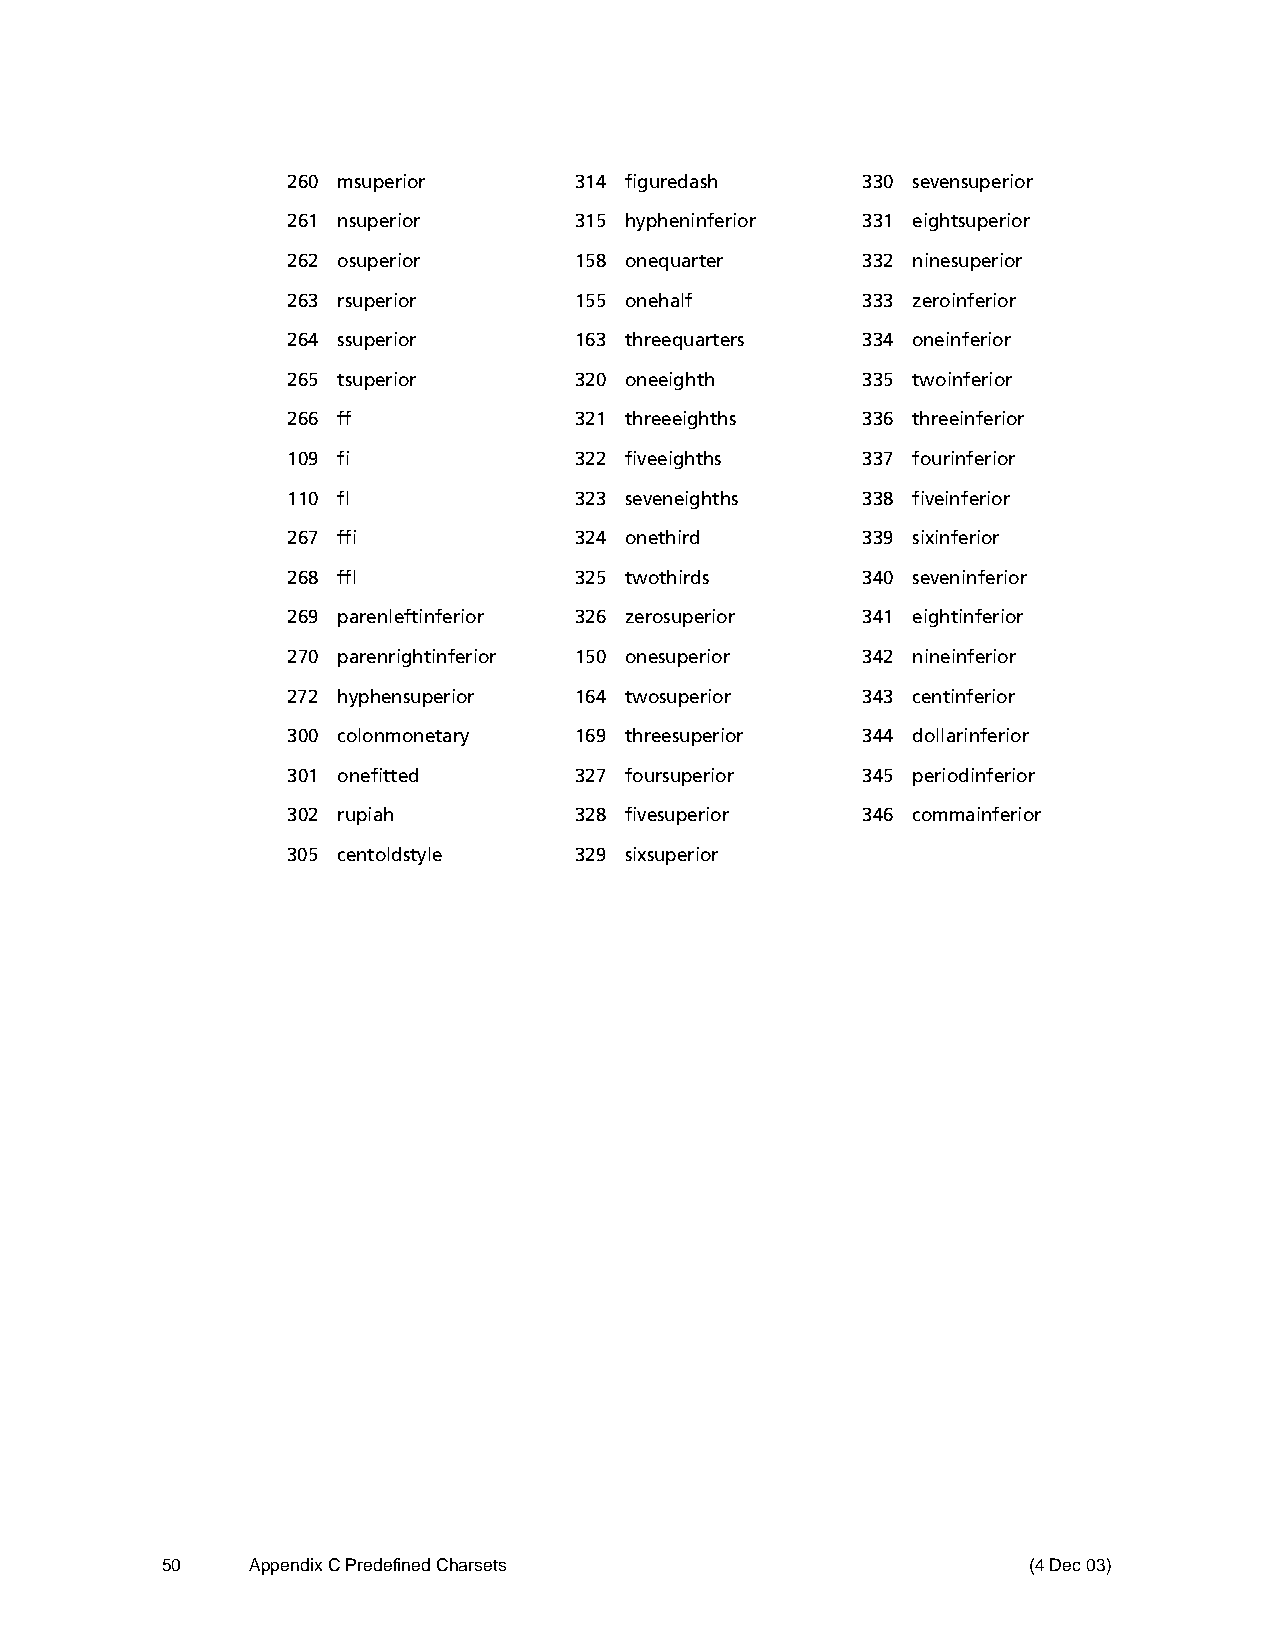
260 msuperior      314 figuredash     330 sevensuperior
 261 nsuperior      315 hypheninferior 331 eightsuperior
 262 osuperior      158 onequarter     332 ninesuperior
 263 rsuperior      155 onehalf        333 zeroinferior
 264 ssuperior      163 threequarters  334 oneinferior
 265 tsuperior      320 oneeighth      335 twoinferior
 266 ff             321 threeeighths   336 threeinferior
 109 fi             322 fiveeighths    337 fourinferior
 110 fl             323 seveneighths   338 fiveinferior
 267 ffi            324 onethird       339 sixinferior
 268 ffl            325 twothirds      340 seveninferior
 269 parenleftinferior 326 zerosuperior 341 eightinferior
 270 parenrightinferior 150 onesuperior 342 nineinferior
 272 hyphensuperior 164 twosuperior    343 centinferior
 300 colonmonetary  169 threesuperior  344 dollarinferior
 301 onefitted      327 foursuperior   345 periodinferior
 302 rupiah         328 fivesuperior   346 commainferior
 305 centoldstyle   329 sixsuperior
 50    Appendix C Predefined Charsets                     (4 Dec 03)